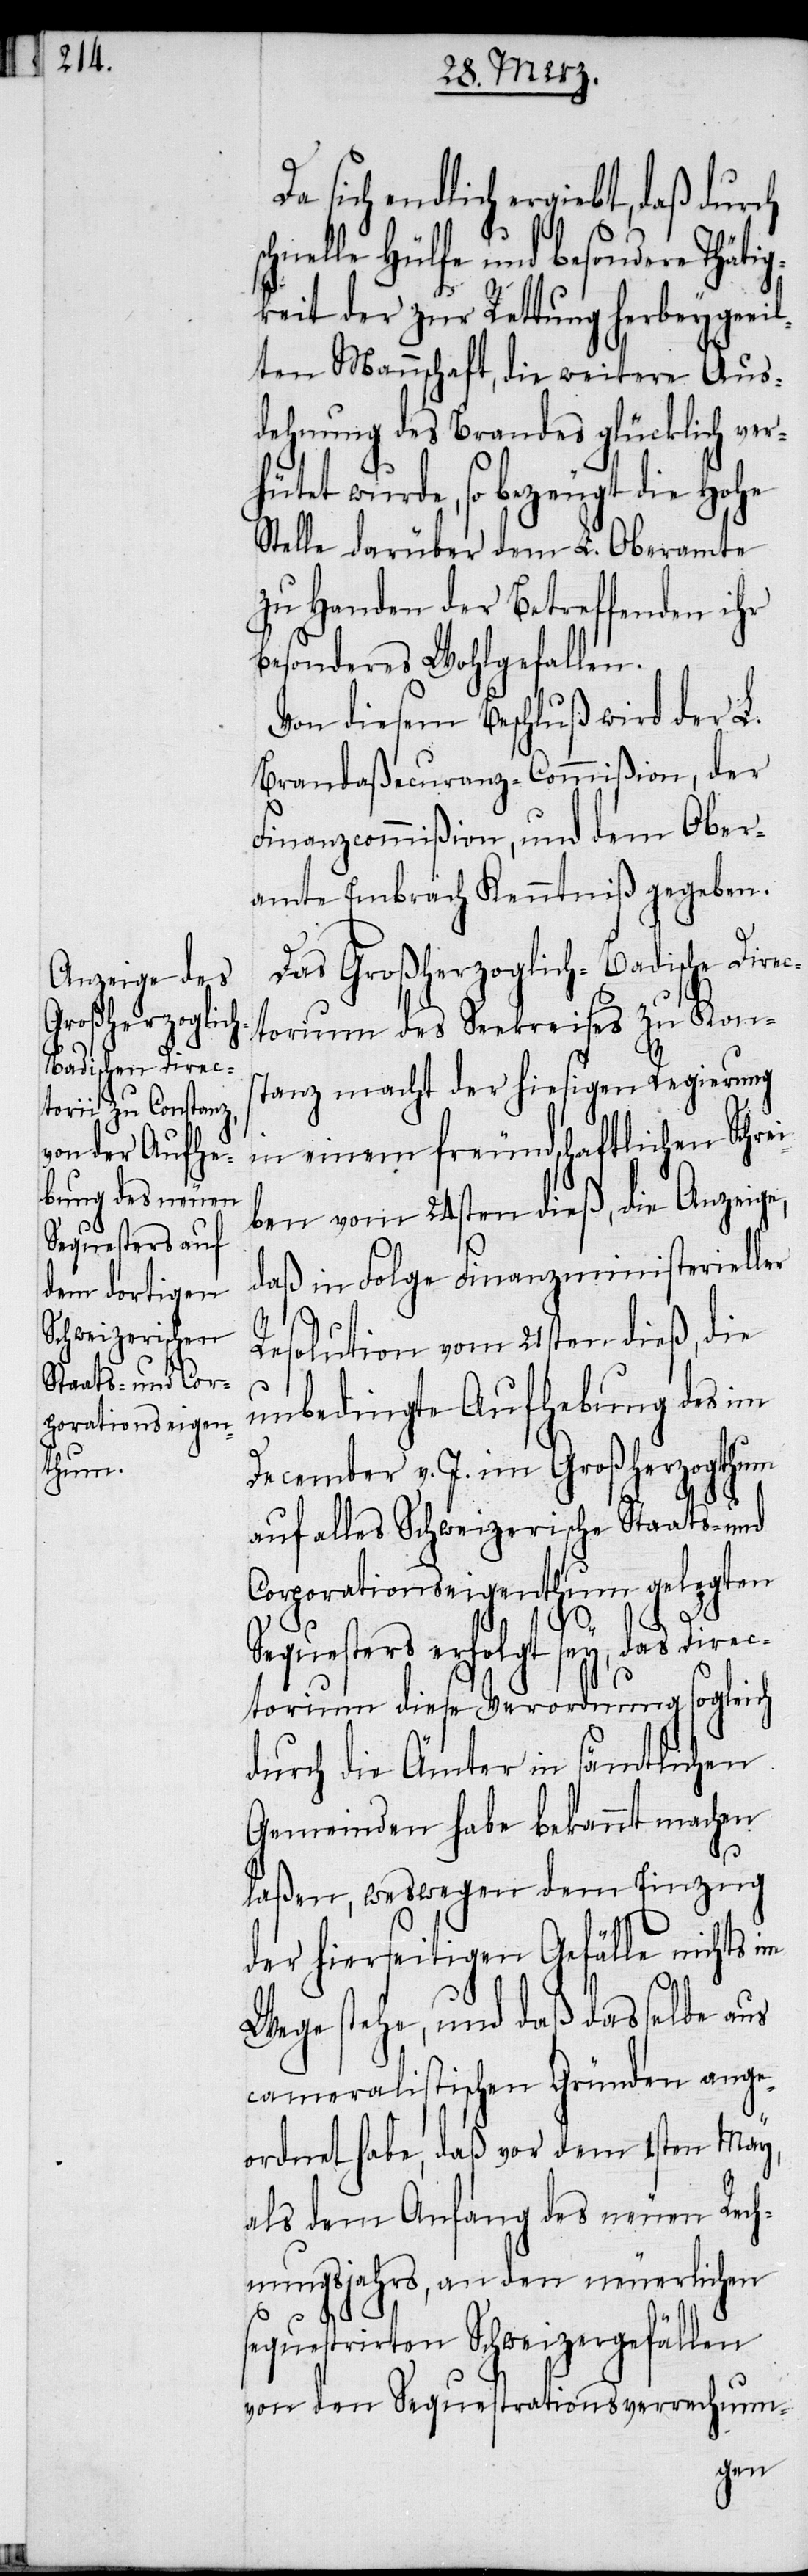
Da sich endlich ergiebt, daß durch
schnelle Hülfe und besondere Thätig¬
keit der zur Rettung herbeygeei¬
lten Mannschaft, die weitere Aus¬
dehnung des Brandes glücklich ver¬
hütet wurde, so bezeugt die Hohe
Stelle darüber dem L. Oberamte
zu Handen der Betreffenden ihr
besonderes Wohlgefallen.
Von diesem Beschluß wird der L.
Brandaßecuranz-Commißion, der
Finanzcommißion, und dem Ober¬
amte Embrach Kenntniß gegeben.
Das Großherzoglich-Badische Direc¬
torium des Seekreises zu Kon¬
stanz macht der hiesigen Regierung
in einem freundschaftlichen Schrei¬
ben vom 24sten dieß, die Anzeige,
daß in Folge Finanzministerieller
Resolution vom 21sten dieß, die
unbedingte Aufhebung des im
December v. J. im Großherzogthum
auf alles Schweizerische Staats- und
Corporationseigenthum gelegten
Seq¬
uesters erfolgt sey, das Dir¬
ectorium diese Verordnung sogleich
durch die Ämter in sämtlichen
Gemeinden habe bekannt machen
laßen, weswegen dem Einzug
der hierseitigen Gefälle nichts im
Wege stehe, und daß dasselbe aus
cameralistischen Gründen ange¬
ordnet habe, daß vor dem 1sten May,
als dem Anfang des neuen Rech¬
nungsjahrs, an den neuerlichen
sequestrirten Schweizergefällen
von den Sequestrationsverrechnun-